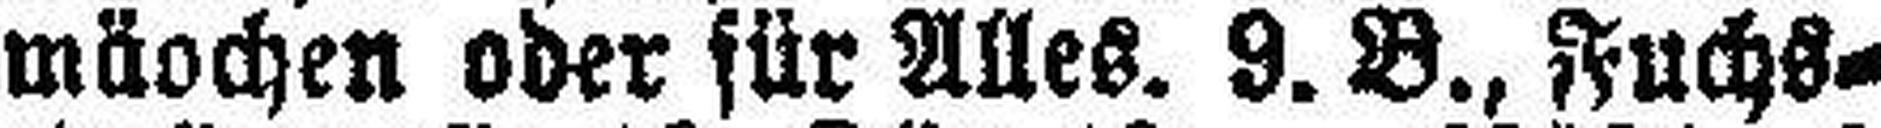
mäochen oder für Alles. 9. B., Fuchs¬